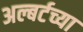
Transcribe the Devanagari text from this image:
अल्बर्टच्या